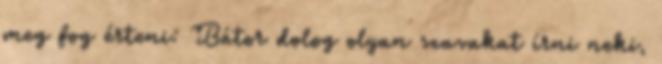
meg fog érteni: Bátor dolog olyan szavakat írni neki,